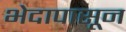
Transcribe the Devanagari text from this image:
भेदापासून